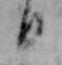
日